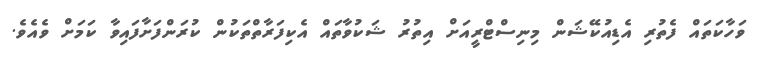
ވަހާކަތައް ފެތުރި އެޑިއުކޭޝަން މިނިސްޓްރީއަށް އިތުރު ޝަކުވާތައް އެކިފަރާތްތަކުން ކުރަންފަށާފައިވާ ކަމަށް ވެއެވެ.